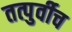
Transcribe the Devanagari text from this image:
तत्पुर्वीच